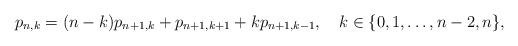
LaTeX: \begin{align*}p_{n,k}=(n-k)p_{n+1,k}+p_{n+1,k+1}+k p_{n+1,k-1},~~~k\in\{0,1,\ldots,n-2,n\},\end{align*}